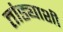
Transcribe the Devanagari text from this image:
तांड्याशी